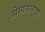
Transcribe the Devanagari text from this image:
ओसाकासुद्धा